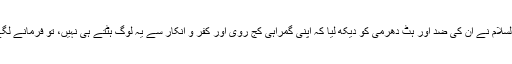
جب حضرت عیسیٰ علیہ السلام نے ان کی ضد اور ہٹ دھرمی کو دیکھ لیا کہ اپنی گمراہی کج روی اور کفر و انکار سے یہ لوگ ہٹتے ہی نہیں، تو فرمانے لگے کہ کوئی ایسا بھی ہے؟